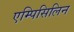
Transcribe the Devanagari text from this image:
एम्पिसिलिन